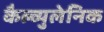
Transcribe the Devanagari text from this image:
कैल्व्युलेनिक